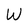
Character: W